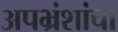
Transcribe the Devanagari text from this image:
अपभ्रंशांचा